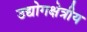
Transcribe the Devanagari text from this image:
उद्योगक्षेत्रीय